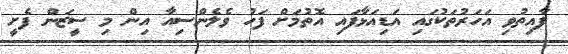
ފާއިތުވި އަހަރުތަކުގައި އަޑިއަޅާފައި އޮތުމަށް ފަހު ވެލެންސިއާ އިން މި ސީޒަން ފެށީ